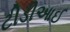
ટીડીઆઈ